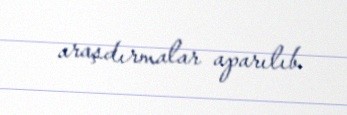
araşdırmalar aparılıb.